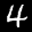
Label: 4